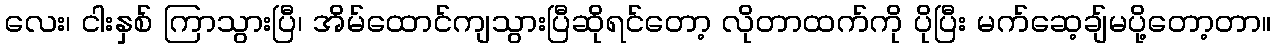
လေး၊ ငါးနှစ် ကြာသွားပြီ၊ အိမ်ထောင်ကျသွားပြီဆိုရင်တော့ လိုတာထက်ကို ပိုပြီး မက်ဆေ့ချ်မပို့တော့တာ။